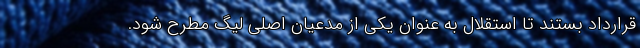
قرارداد بستند تا استقلال به عنوان یکی از مدعیان اصلی لیگ مطرح شود.